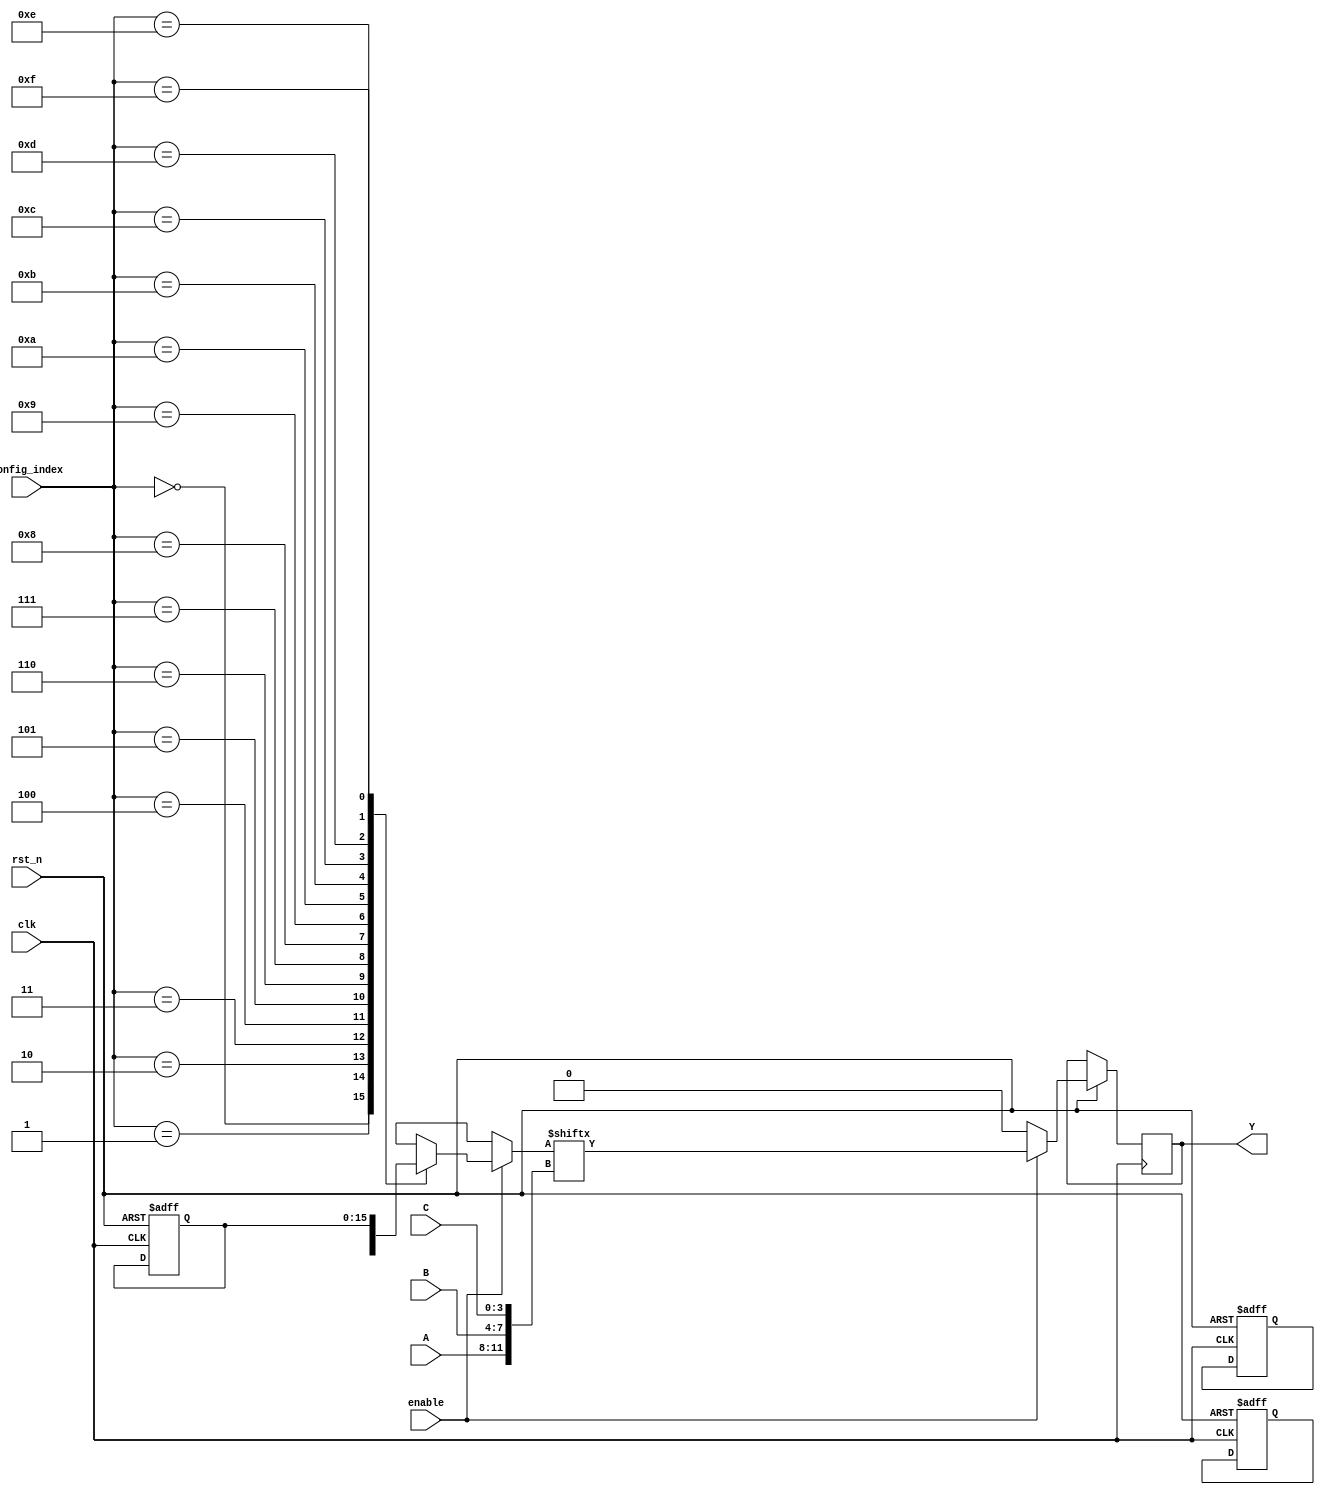
module CLB (
    input        clk,                 // Clock signal for SRAM configuration
    input        rst_n,               // Active low reset
    input        enable,              // Enable signal for CLB operation
    input  [3:0] A,                  // 4-bit input A
    input  [3:0] B,                  // 4-bit input B (if required)
    input  [3:0] C,                  // 4-bit input C (if required)
    input        [index_width-1:0] config_index, // Configuration index for SRAM
    output reg   Y                   // Output
);

// Parameter definitions
parameter num_inputs = 4;            // Number of inputs for the CLB
parameter lut_size = 16;              // Size of the LUT taking 4 bits input (2^4 = 16 output configurations)
parameter index_width = 4;            // Width for the config index to address the LUT

// SRAM-based LUT to store combinational function configurations
reg [lut_size-1:0] lut_memory [0:15]; // 16 configurations for 4 inputs

// Load the LUT from external configuration (simplified for this example)
always @(posedge clk or negedge rst_n) begin
    if (!rst_n) begin
        // Initialize the LUT
        // These values should be loaded in real scenarios
        lut_memory[0] <= 16'b0000_0000_0000_0000; // Example default configuration
        lut_memory[1] <= 16'b0000_0000_0000_0001; // Example default configuration
        // Add configurations for all possible cases (0-15)
        // ...
        lut_memory[15] <= 16'b1111_1111_1111_1111; // Example default configuration
    end else if (enable) begin
        // Determine output based on input configuration
        Y <= lut_memory[config_index][{A, B, C}];
    end else begin
        Y <= 1'b0; // Disable output when not enabled
    end
end

endmodule